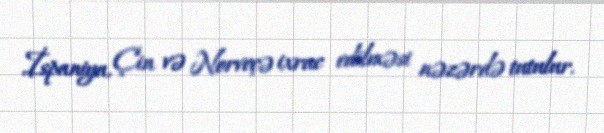
İspaniya, Çin və Norveçə ixrac edilməsi nəzərdə tutulur.